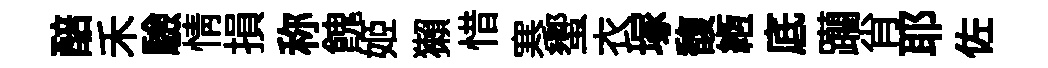
醅禾驗情損称餽姬獺惜寒蠁衣塚馥縆底躪肖耶佐